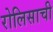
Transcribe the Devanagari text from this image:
रोलिसाची